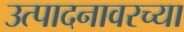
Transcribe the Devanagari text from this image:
उत्पादनावरच्या